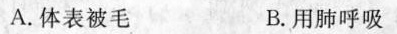
A.体表被毛 B.用肺呼吸